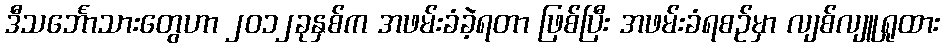
ဒီသင်္ဘောသားတွေဟာ ၂၀၁၂ခုနှစ်က အဖမ်းခံခဲ့ရတာ ဖြစ်ပြီး အဖမ်းခံရစဉ်မှာ လျစ်လျူရှုထား